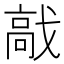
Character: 𩫅